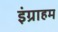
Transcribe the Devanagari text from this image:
इंग्राहम